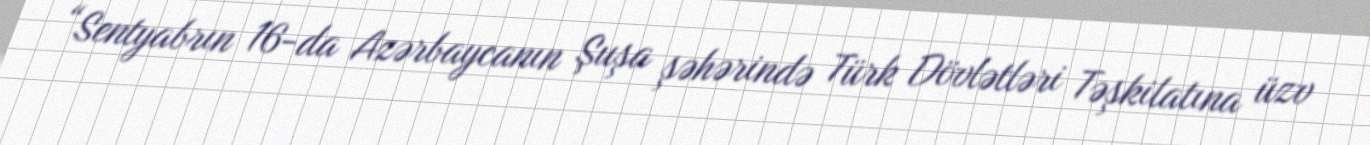
“Sentyabrın 16-da Azərbaycanın Şuşa şəhərində Türk Dövlətləri Təşkilatına üzv